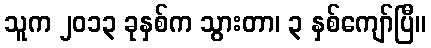
သူက ၂၀၁၃ ခုနှစ်က သွားတာ၊ ၃ နှစ်ကျော်ပြီ။